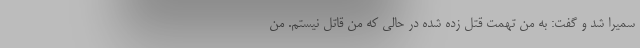
سمیرا شد و گفت: به من تهمت قتل زده شده در حالی که من قاتل نیستم. من